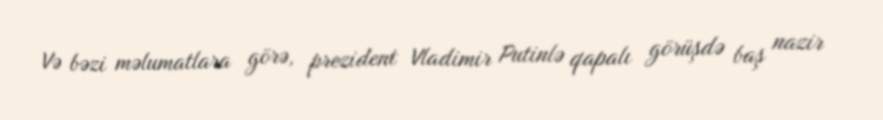
Və bəzi məlumatlara görə, prezident Vladimir Putinlə qapalı görüşdə baş nazir